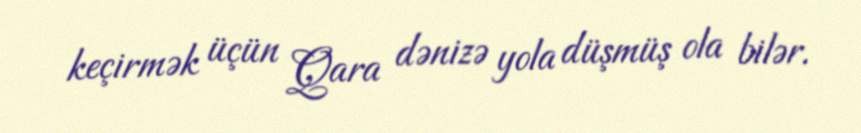
keçirmək üçün Qara dənizə yola düşmüş ola bilər.